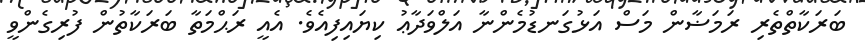
ބަރަކާތްތެރި ރަމަޟާން މަސް އަޅުގަނޑުމެންނާ އަލްވަދާޢު ކިޔައިފިއެވެ. އެއީ ރަޙްމަތާ ބަރަކާތުން ފުރިގެންވީ